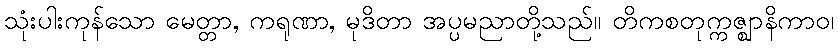
သုံးပါးကုန်သော မေတ္တာ, ကရုဏာ, မုဒိတာ အပ္ပမညာတို့သည်။ တိကစတုက္ကဇ္ဈာနိကာဝ၊